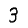
Digit: 3